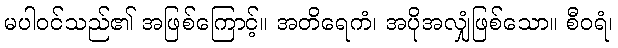
မပါဝင်သည်၏ အဖြစ်ကြောင့်။ အတိရေကံ၊ အပိုအလျှံဖြစ်သော။ စီဝရံ၊